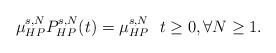
LaTeX: \begin{align*}\mu_{HP}^{s,N}P_{HP}^{s,N}(t)=\mu_{HP}^{s,N} \ \ t \ge 0, \forall N \ge 1.\end{align*}